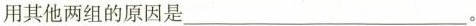
用其他两组的原因是___。